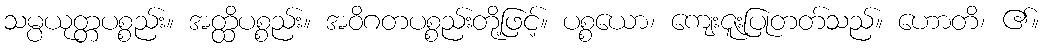
သမ္ပယုတ္တပစ္စည်း။ အတ္ထိပစ္စည်း။ အဝိဂတပစ္စည်းတို့ဖြင့်။ ပစ္စယော၊ ကျေးဇူးပြုတတ်သည်။ ဟောတိ၊ ၏။